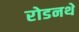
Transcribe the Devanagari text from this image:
रोडनथे